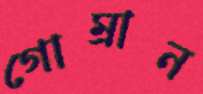
গোম্‌রান